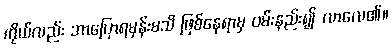
ကိုယ်လည်း ဘာပြောရမှန်းမသိ ဖြစ်နေရာမှ ဝမ်းနည်း၍ လာလေ၏။